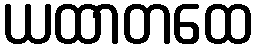
ယထာတထေ